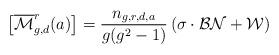
LaTeX: \begin{align*}\left[\overline{\mathcal{M}}_{g,d}^r(a) \right] = \frac{n_{g,r,d,a}}{g(g^2-1)} \left( \sigma\cdot \mathcal{BN}+ \mathcal{W} \right)\end{align*}